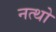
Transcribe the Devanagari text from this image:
नत्थो